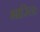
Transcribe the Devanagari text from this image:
भारिनः